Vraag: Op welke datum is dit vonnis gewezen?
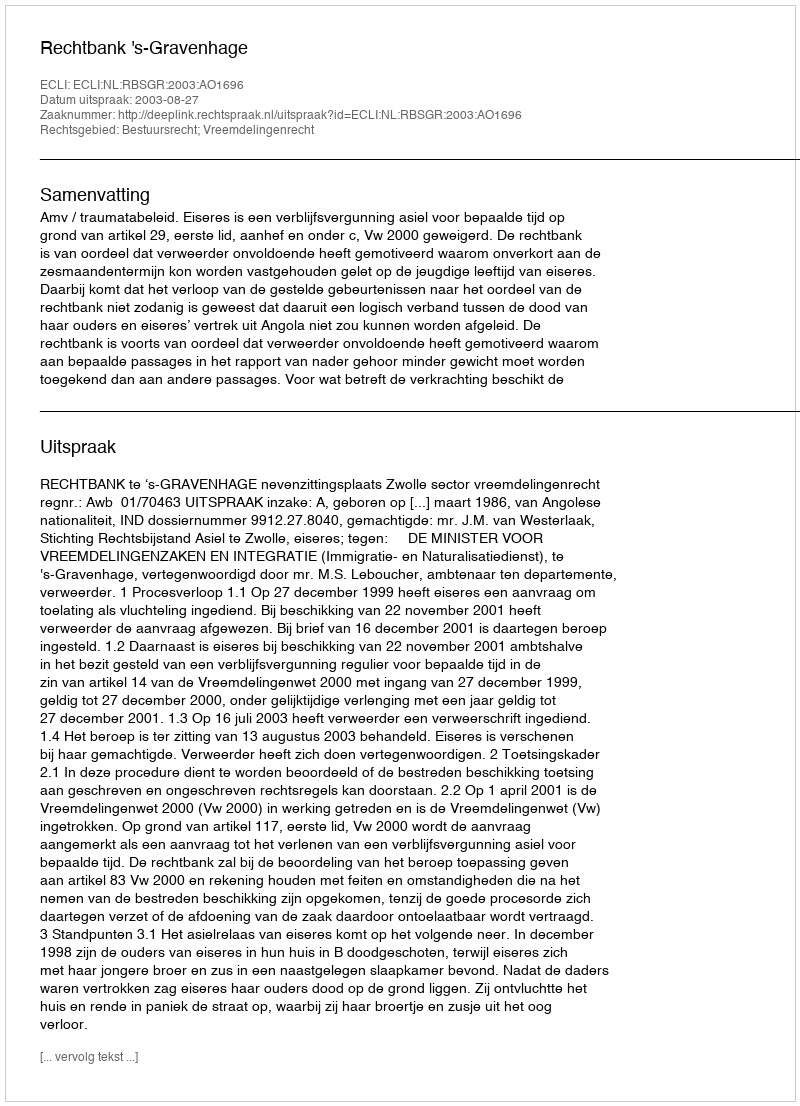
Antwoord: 2003-08-27